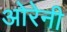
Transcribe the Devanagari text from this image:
ओरेनी